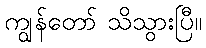
ကျွန်တော် သိသွားပြီ။